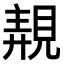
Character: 𧡗